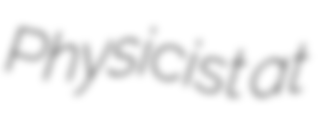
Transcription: Physicist at